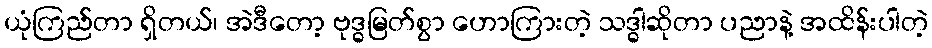
ယုံကြည်တာ ရှိတယ်၊ အဲဒီတော့ ဗုဒ္ဓမြတ်စွာ ဟောကြားတဲ့ သဒ္ဓါဆိုတာ ပညာနဲ့ အထိန်းပါတဲ့